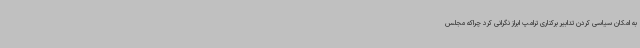
به امکان سیاسی کردن تدابیر برکناری ترامپ ابراز نگرانی کرد چراکه مجلس